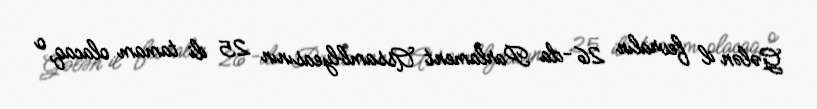
Gələn il fevralın 26-da Parlament Assamblyeasının 25 ili tamam olacaq, o